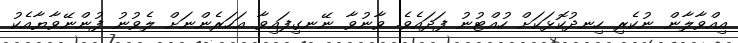
އިއްވާލާން ނުކެރި ހިނދުކޮޅަކަށް ހުއްޓުނު ފަދައެވެ. ވާނުވާ ނޭނގިފައިވާ އަހަރެންނަށް ލެވުނު ފުންނޭވާޔާއެކު